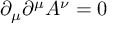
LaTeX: \partial _ { \mu } \partial ^ { \mu } A ^ { \nu } = 0